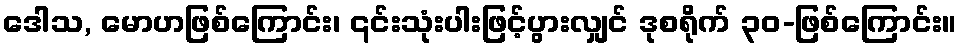
ဒေါသ, မောဟဖြစ်ကြောင်း၊ ၎င်းသုံးပါးဖြင့်ပွားလျှင် ဒုစရိုက် ၃၀-ဖြစ်ကြောင်း။